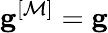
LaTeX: \mathbf{g}^{[\mathcal{M}]}=\mathbf{g}